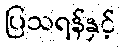
ပြသရန်နှင့်